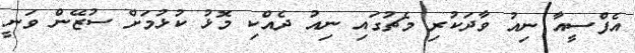
އެފްސީއާ ނިއު ވާދަކުރި މެޗުގައި ނިއު ދެއްކި މޮޅު ކުޅުމަށް ސުޒޭން ވަނީ